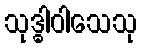
သုဒ္ဓါဝါသေသု